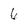
Character: 6